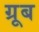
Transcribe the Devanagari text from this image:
ग्रूब